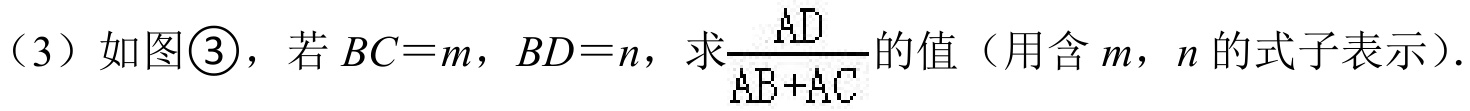
（3）如图\textcircled{3}，若\(BC = m\)，\(BD = n\)，求\(\dfrac{AD}{AB + AC}\)的值（用含\(m\)，\(n\)的式子表示）.